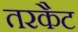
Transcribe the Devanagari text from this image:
तरकैट